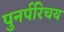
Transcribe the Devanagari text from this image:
पुनर्परिचय